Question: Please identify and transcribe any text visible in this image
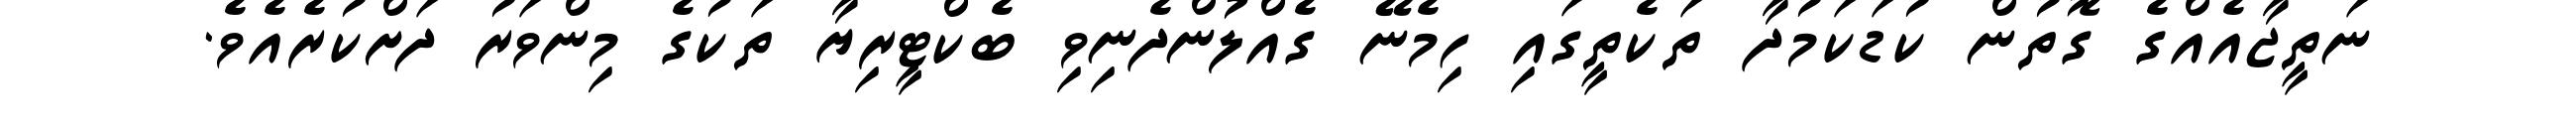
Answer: ނަތީޖާއެއްގެ ގޮތުން ކުޑަކަމުދާ ތަކެތީގައި ހިމެނޭ ގެއްލުންދެނިވި ބެކްޓީރިޔާ ތަކުގެ މިންވަރު ދަށްކުރެއެވެ.